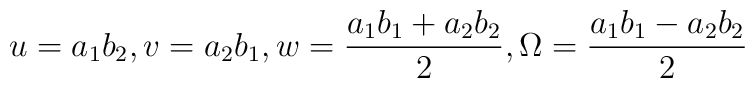
u=a_1b_2, v=a_2b_1, w = \frac{a_1b_1+a_2b_2}{2},\Omega=\frac{a_1b_1-a_2b_2}{2}